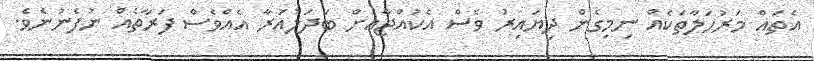
އެތައް މަރުހަލާތަކެއް ނިމިގެން ދިޔައިރު ވެސް އެކުއްޖާއަށް ބަދަލުއަރާ އެއްވެސް ފަރާތެއް ނުފެނުނެވެ.